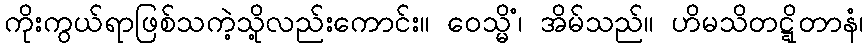
ကိုးကွယ်ရာဖြစ်သကဲ့သို့လည်းကောင်း။ ဝေသ္မိံ၊ အိမ်သည်။ ဟိမသိတဋ္ဋိတာနံ၊